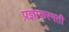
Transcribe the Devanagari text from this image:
प्रज्ञाकरमती